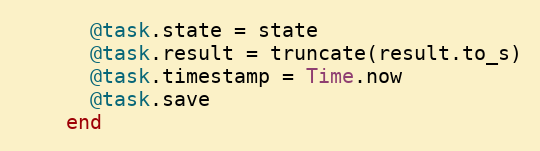
Language: Ruby
      @task.state = state
      @task.result = truncate(result.to_s)
      @task.timestamp = Time.now
      @task.save
    end